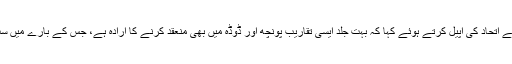
انہوں نے تمام لوگوں سے اتحاد کی اپیل کرتے ہوئے کہا کہ بہت جلد ایسی تقاریب پونچھ اور ڈوڈہ میں بھی منعقد کرنے کا ارادہ ہے، جس کے بارے میں سب کو آگاہ کیا جائے گا۔